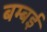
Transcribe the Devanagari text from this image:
बम्‍बई